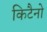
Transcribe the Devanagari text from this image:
किटैनो